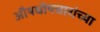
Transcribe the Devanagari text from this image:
औषधोपचारांच्या